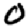
Digit: 0